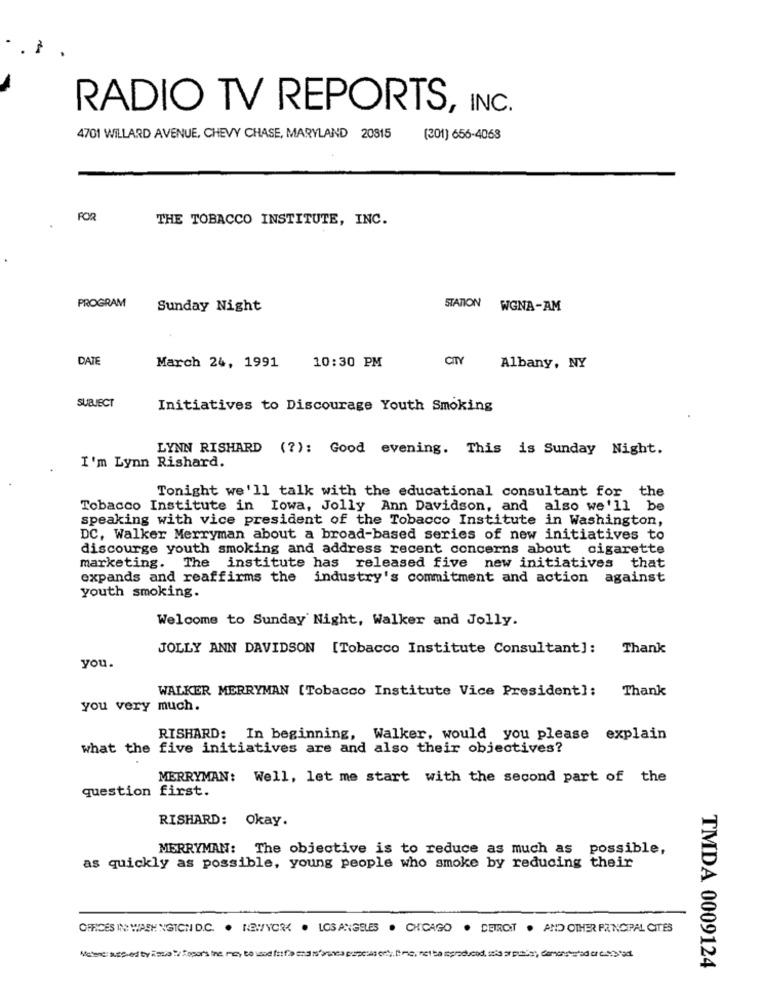
RADIO TV REPORTS, INC.
4701 WILLARD AVENUE, CHEVY CHASE, MARYLAND 20815
(201) 656-4063
FOR
THE TOBACCO INSTITUTE, INC.
PROGRAM
Sunday Night
STATION WGNA-AM
DATE
CITY
March 24, 1991
10:30 PM
Albany, NY
SUBJECT
Initiatives to Discourage Youth Smoking
LYNN RISHARD (?): Good evening. This is Sunday Night.
I'm Lynn Rishard.
Tonight we'll talk with the educational consultant for the
Tobacco Institute in Iowa, Jolly Ann Davidson, and also we'll be
speaking with vice president of the Tobacco Institute in Washington,
DC, Walker Merryman about a broad-based series of new initiatives to
discourge youth smoking and address recent concerns about cigarette
marketing. The institute has released five new initiatives that
expands and reaffirms the industry's commitment and action against
youth smoking.
Welcome to Sunday Night, Walker and Jolly.
JOLLY ANN DAVIDSON [Tobacco Institute Consultant]:
Thank
you.
WALKER MERRYMAN [Tobacco Institute Vice President]: Thank
you very much.
RISHARD: In beginning, Walker, would you please explain
what the five initiatives are and also their objectives?
MERRYMAN: Well, let me start with the second part of the
question first.
RISHARD: Okay.
MERRYMAN: The objective is to reduce as much as possible,
as quickly as possible, young people who smoke by reducing their
OFFICES IN WASHINGTON D.C. · NEWYORK . LOS ANGELES . CHICAGO . DEIROT . AND OTHER PRINCIPAL CITES
TMDA 0009124